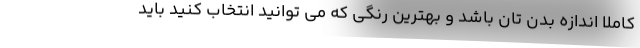
کاملا اندازه بدن تان باشد و بهترین رنگی که می توانید انتخاب کنید باید